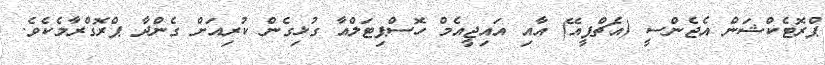
ޕްރޮޓެކްޝަން އެޖެންސީ (އެޗްޕީއޭ) އާއި އައިޖީއެމް ހޮސްޕިޓަލްއާ ގުޅިގެން ކުރިއަށް ގެންދާ ޕްރޮގްރާމެކެވެ.